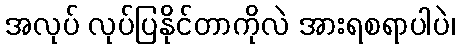
အလုပ် လုပ်ပြနိုင်တာကိုလဲ အားရစရာပါပဲ၊